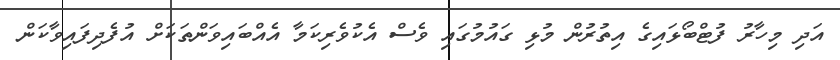
އަދި މިހާރު ފުޓްބޯޅައިގެ އިތުރުން މުޅި ގައުމުގައި ވެސް އެކުވެރިކަމާ އެއްބައިވަންތަކަށް އުފެދިފައިވާކަން